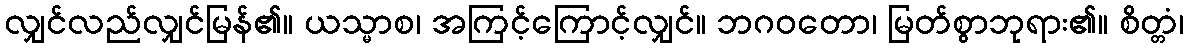
လျှင်လည်လျှင်မြန်၏။ ယသ္မာစ၊ အကြင့်ကြောင့်လျှင်။ ဘဂဝတော၊ မြတ်စွာဘုရား၏။ စိတ္တံ၊